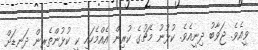
ވީއެވެ. ޖަވާބު ދިނީއެވެ. ކުޅުނު މެޗުގެ ކުރިން އެއްމެހައި ކީ ކުޅުންތެރިން ދަނޑަށް